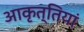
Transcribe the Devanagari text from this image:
आकृत्तियां